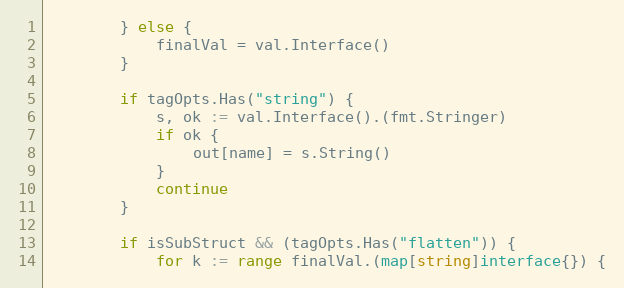
Language: Go
		} else {
			finalVal = val.Interface()
		}

		if tagOpts.Has("string") {
			s, ok := val.Interface().(fmt.Stringer)
			if ok {
				out[name] = s.String()
			}
			continue
		}

		if isSubStruct && (tagOpts.Has("flatten")) {
			for k := range finalVal.(map[string]interface{}) {